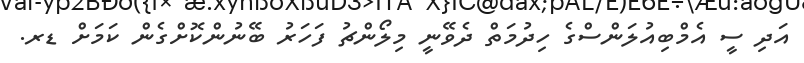
އަދި ސީ އެމްބިއުލަންސްގެ ހިދުމަތް ދެވޭނީ މިލޯންޗު ފަހަރު ބޭނުންކޮށްގެން ކަމަށް ޑރ.